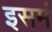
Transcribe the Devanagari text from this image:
इसमं